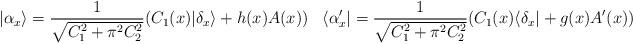
LaTeX: \begin{align*} | \alpha_x \rangle = \frac{1}{\sqrt{C_1^2 + \pi^2C_2^2}}(C_1(x)| \delta_x \rangle + h(x)A(x))&& \langle\alpha_x' |= \frac{1}{\sqrt{C_1^2 + \pi^2C_2^2}}(C_1(x) \langle\delta_x | + g(x)A'(x)) \end{align*}